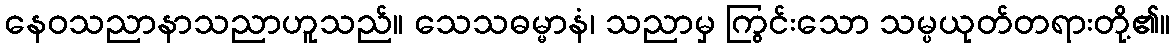
နေဝသညာနာသညာဟူသည်။ သေသဓမ္မာနံ၊ သညာမှ ကြွင်းသော သမ္ပယုတ်တရားတို့၏။